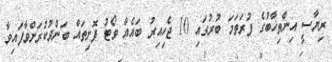
ރިޔާސީ އިންތިޚާބުގެ ފުރަތަމަ ބުރުގައި 10 ޖެހިއިރު ބައެއް ވޯޓު ފޮށިތައް ބަންދުކުރަށްވާފައިވާ